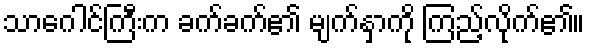
သာဂေါင်ကြီးက ခက်ခက်၏ မျက်နှာကို ကြည့်လိုက်၏။